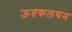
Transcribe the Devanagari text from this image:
ऊतकलयन